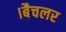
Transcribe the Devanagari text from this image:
।बैचलर